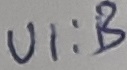
Text: UI:B